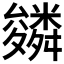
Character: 𮇾